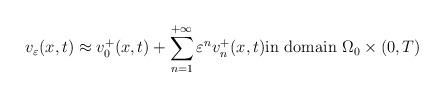
LaTeX: \begin{align*}v_\varepsilon(x,t) \approx v^+_0(x,t)+\sum_{n=1}^{+\infty}\varepsilon^{n} v^+_n(x,t) \mbox{in domain} \ \Omega_0\times(0, T)\end{align*}